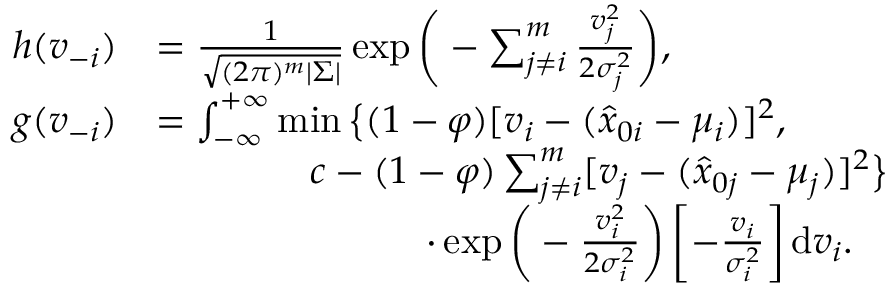
\begin{array} { r l } { h ( { v } _ { - i } ) } & { = \frac { 1 } { \sqrt { ( 2 \pi ) ^ { m } | { \Sigma } | } } \exp \bigg ( - \sum _ { j \neq i } ^ { m } \frac { v _ { j } ^ { 2 } } { 2 \sigma _ { j } ^ { 2 } } \bigg ) , } \\ { g ( { v } _ { - i } ) } & { = \int _ { - \infty } ^ { + \infty } \operatorname* { m i n } \big \{ ( 1 - \varphi ) [ v _ { i } - ( \hat { x } _ { 0 i } - \mu _ { i } ) ] ^ { 2 } , } \\ & { \qquad \qquad c - ( 1 - \varphi ) \sum _ { j \neq i } ^ { m } [ v _ { j } - ( \hat { x } _ { 0 j } - \mu _ { j } ) ] ^ { 2 } \big \} } \\ & { \qquad \qquad \qquad \quad \cdot \exp \bigg ( - \frac { v _ { i } ^ { 2 } } { 2 \sigma _ { i } ^ { 2 } } \bigg ) \left[ - \frac { v _ { i } } { \sigma _ { i } ^ { 2 } } \right] \mathrm { d } v _ { i } . } \end{array}